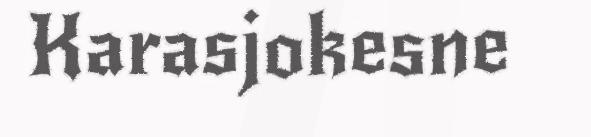
Karasjokesne